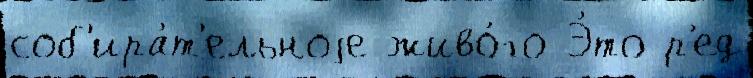
соб'ира́т'ельноjе живо́го Э́то р'ед